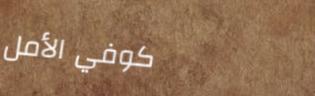
كوفي الأمل